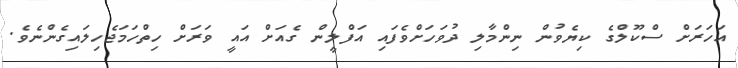
އަހަރަށް ސްކޫލްގެ ކިޔެވުން ނިންމާލި ދުވަހަށްވެފައި އަފްލީން ގެއަށް އައީ ވަރަށް ހިތްހަމަޖެހިލައިގެންނެވެ.